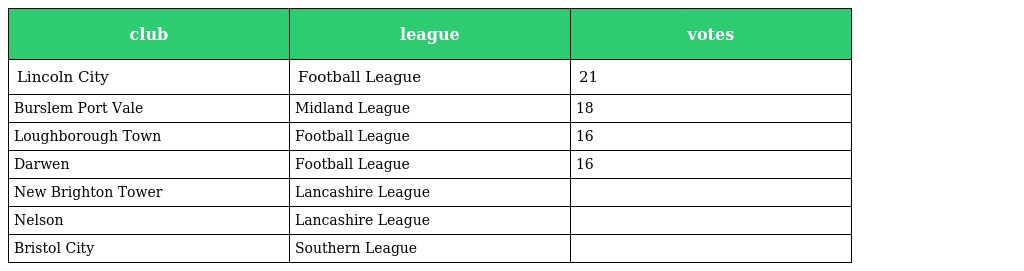
| club | league | votes |
 | --- | --- | --- |
 | Lincoln City | Football League | 21 |
 | Burslem Port Vale | Midland League | 18 |
 | Loughborough Town | Football League | 16 |
 | Darwen | Football League | 16 |
 | New Brighton Tower | Lancashire League |  |
 | Nelson | Lancashire League |  |
 | Bristol City | Southern League |  |